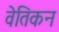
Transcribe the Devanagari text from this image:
वेतिकन